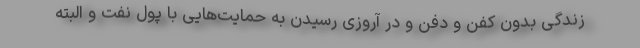
زندگی بدون کفن و دفن و در آروزی رسیدن به حمایت‌هایی با پول نفت و البته